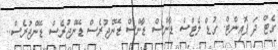
ގެޓް ދަ ޕޮއިންޓް. ގުޑް ލެޓްސް ޑާންސް ޑާންސް ޑޭންޖުރެސް ޑޭންޖުރެސް ޑޭންޖުރެސް..